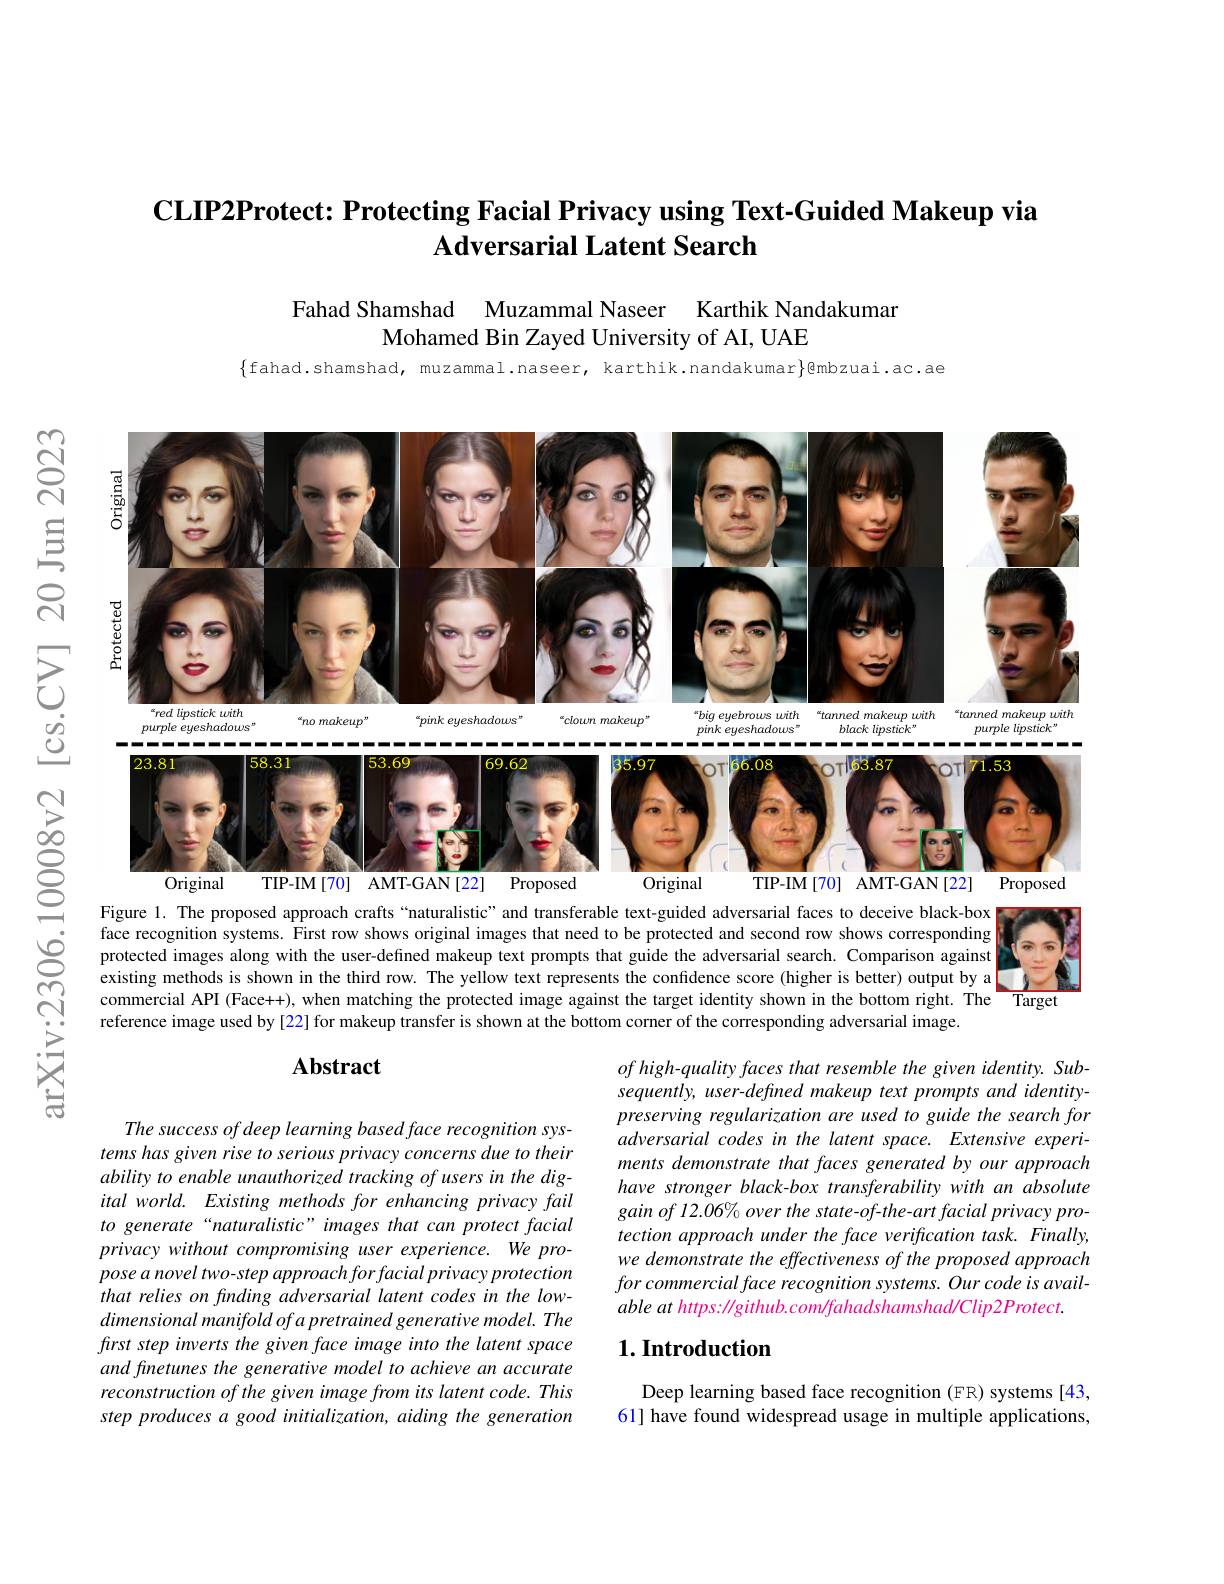
# CLIP2Protect: Protecting Facial Privacy using Text-Guided Makeup via Adversarial Latent Search

Fahad Shamshad Muzammal Naseer Karthik Nandakuman
Mohamed Bin Zayed University of AI, UAE

$\{$fahad.shamshad, muzammal.naseer, karthik.nandakumar$\}$@mbzuai.ac.ae

$ଟ୍ରି$

三

$సి$

<FigureHere>
$উড়্তি$
Figure 1. The proposed approach crafts “naturalistic”and transferable text-guided adversarial faces to deceive black-box

10008v2

<FigureHere>

face recognition systems. First row shows original images that need to be protected and second row shows corresponding protected images along with the user-defined makeup text prompts that guide the adversarial search. Comparison against existing methods is shown in the third row. The yellow text represents the confidence score (higher is better) output by a commercial API (Face++), when matching the protected image against the target identity shown in the bottom right. The reference image used by [22] for makeup transfer is shown at the bottom corner of the corresponding adversarial image.
arXiv:2306.

### $\mathbf{Abstract}$

$ofhigh-qualityfacesthatresemblethegivenidentity.Sub-$ sequently, user-defined makeup text prompts and identitypreserving regularization are used to guide the search for adversarial codes in the latent space. Extensive experiments demonstrate that faces generated by our approach have stronger black-box transferability with an absolute $gainof12.06\%overthestate-of-the-artfacialprivacypro-$ tection approach under the face verification task. Finally, we demonstrate the effectiveness of the proposed approach $forcommercialfacerecognitionsystems.Ourcodeisavail-$ able at https: / github. com/ fahadshamshad/ Clip2Protect

The success of deep learning based face recognition systems has given rise to serious privacy concerns due to their ability to enable unauthorized tracking of users in the digital world. Existing methods for enhancing privacy fail to generate“naturalistic” images that can protect facial privacy without compromising user experience. We propose a novel two- step approach for facial privacy protection that relies on finding adversarial latent codes in the lowdimensional manifold of a pretrained generative model. The first step inverts the given face image into the latent space and finetunes the generative model to achieve an accurate reconstruction of the given image from its latent code. This step produces a good initialization, aiding the generation

### $1. \textbf{Introduction}$

Deep learning based face recognition (FR) systems [43, 61] have found widespread usage in multiple applications,